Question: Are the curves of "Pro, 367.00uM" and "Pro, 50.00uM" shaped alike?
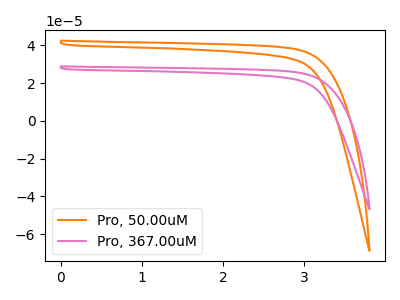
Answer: <think>The orange curve "Pro, 50.00uM" has no peaks. The pink curve "Pro, 367.00uM" has no peaks.
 Neither "Pro, 367.00uM" or "Pro, 50.00uM" have any peaks.</think>
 <answer>"Pro, 367.00uM" and "Pro, 50.00uM" are similar in shape.</answer>
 <eval>same_shape</eval>